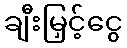
ချီးမြှင့်ငွေ